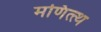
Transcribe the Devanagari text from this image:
मणित्त्थ